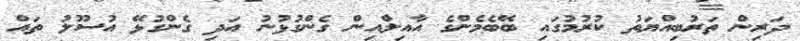
ދަރިން ތަރުބިއްޔަތު ކުރުމުގައި ބޭބެމެންގެ އާއިލާްއިން ގެންގުޅުނު އަދި ގެންގުޅޭ އުސޫލު ތައް